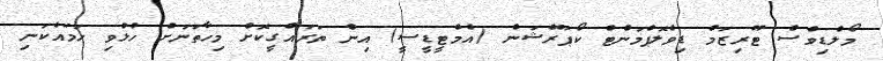
މޯލްޑިވްސް ޓޫރިޒަމް ޑިވެލޮޕްމަންޓް ކޯޕަރޭޝަން (އެމްޓީޑީސީ) އިން ތަރައްގީކޮށް މިހާތަނަށް ހުޅުވި ހަމައެކަނި